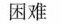
困难